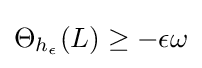
\Theta _{h_{\epsilon }}(L)\geq -\epsilon \omega